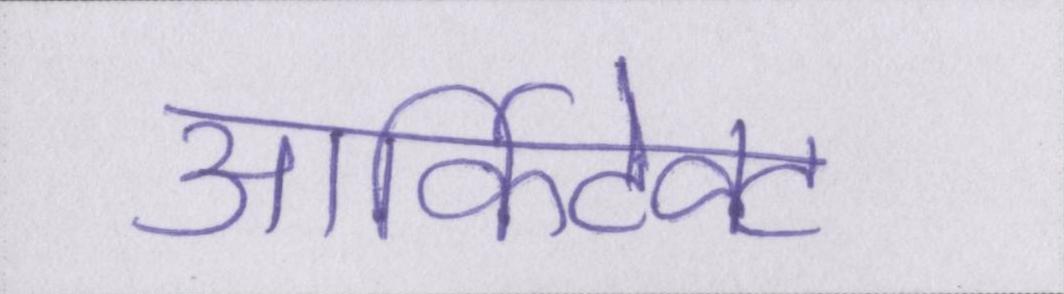
आर्किटेक्ट